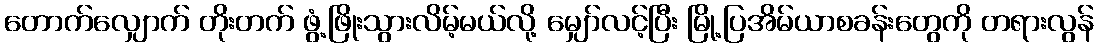
တောက်လျှောက် တိုးတက် ဖွံ့ဖြိုးသွားလိမ့်မယ်လို့ မျှော်လင့်ပြီး မြို့ပြအိမ်ယာစခန်းတွေကို တရားလွန်